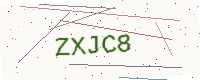
Text: ZXJC8